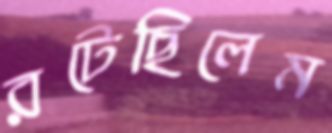
রটেছিলেম